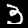
Label: 3